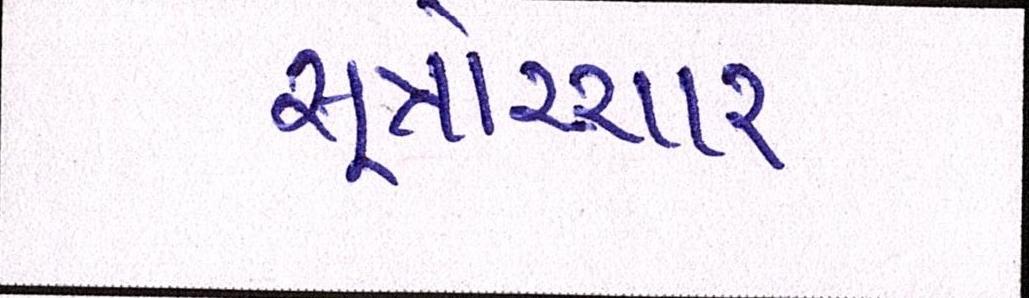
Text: સૂત્રોચ્ચાર